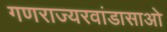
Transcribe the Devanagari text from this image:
गणराज्यरवांडासाओ